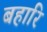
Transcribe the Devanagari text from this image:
बहारि